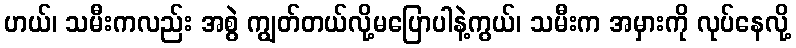
ဟယ်၊ သမီးကလည်း အစွဲ ကျွတ်တယ်လို့မပြောပါနဲ့ကွယ်၊ သမီးက အမှားကို လုပ်နေလို့